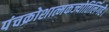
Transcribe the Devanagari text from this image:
पंचक्रोशात्मकज्योतिर्लिगहै।